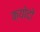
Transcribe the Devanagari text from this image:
क्योदो